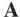
A